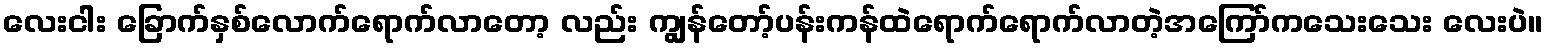
လေးငါး ခြောက်နှစ်လောက်ရောက်လာတော့ လည်း ကျွန်တော့်ပန်းကန်ထဲရောက်ရောက်လာတဲ့အကြော်ကသေးသေး လေးပဲ။